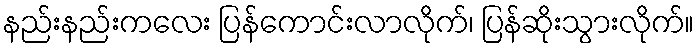
နည်းနည်းကလေး ပြန်ကောင်းလာလိုက်၊ ပြန်ဆိုးသွားလိုက်။